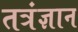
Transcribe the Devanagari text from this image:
तत्रंज्ञान